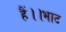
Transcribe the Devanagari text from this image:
हैं।।भाट